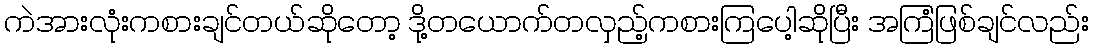
ကဲအားလုံးကစားချင်တယ်ဆိုတော့ ဒို့တယောက်တလှည့်ကစားကြပေါ့ဆိုပြီး အကြံဖြစ်ချင်လည်း